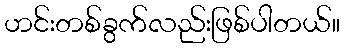
ဟင်းတစ်ခွက်လည်းဖြစ်ပါတယ်။